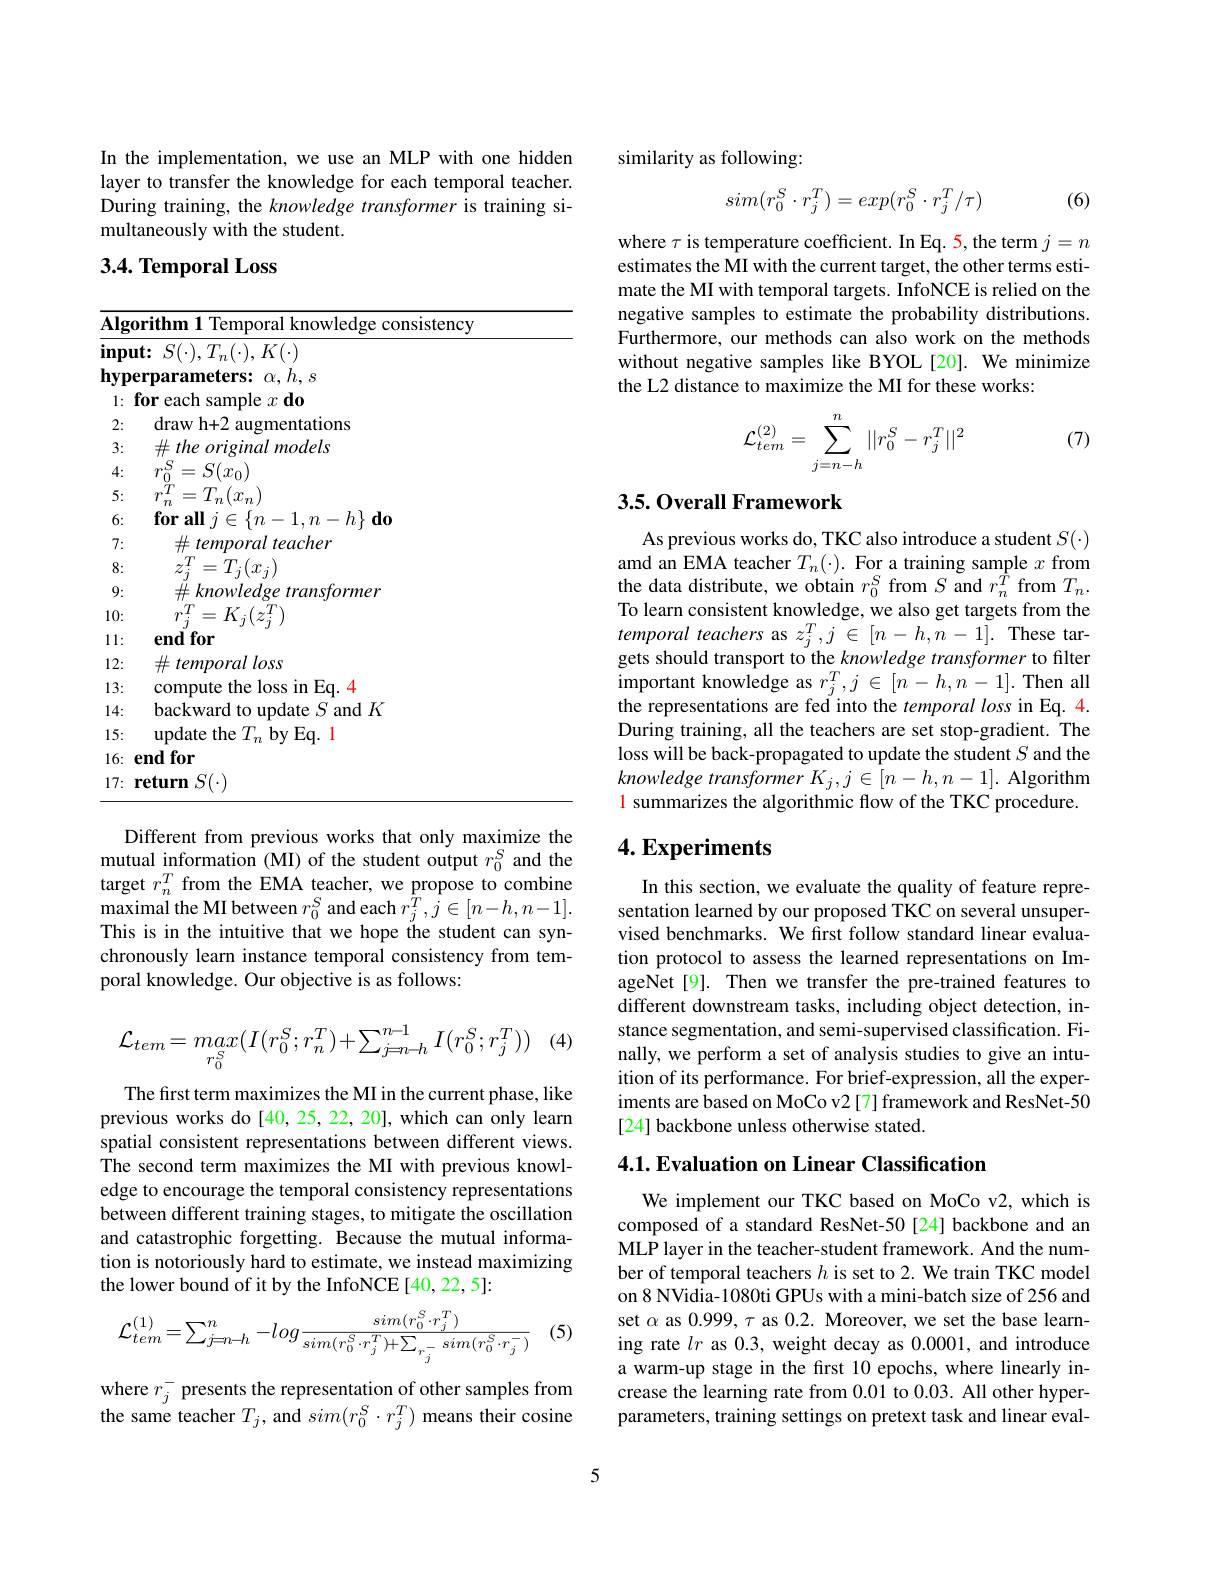
In the implementation, we use an MLP with one hidden layer to transfer the knowledge for each temporal teacher. During training, the knowledge transformer is training simultaneously with the student.

3.4. Temporal Loss

<table>
	<tbody>
		<tr>
			<th>$\overline{\mathbf{Algo}}$</th>
			<th>${\mathrm{orithm~1~Temporal~knowledge~consistency}}$</th>
		</tr>
		<tr>
			<td>$\mathbf{lnpu}$</td>
			<td>$\mathbf{ut: }$ $S( \cdot ) , T_{n}( \cdot ) , K( \cdot )$</td>
		</tr>
		<tr>
			<td>$\mathbf{hy}$ VDe N 1 1 1</td>
			<td>$h$ $S$</td>
		</tr>
		<tr>
			<td>$\textbf{f}$ 1:</td>
			<td>$d_{0}$ $0r$ $\gamma$</td>
		</tr>
		<tr>
			<td>2:</td>
			<td>ntations drawh+ 2 all</td>
		</tr>
		<tr>
			<td>3:</td>
			<td>models $\#the$ orioimal</td>
		</tr>
		<tr>
			<td>4:</td>
			<td>S $S(x_{0})$ 二</td>
		</tr>
		<tr>
			<td>5:</td>
			<td>$\gamma$</td>
		</tr>
		<tr>
			<td>6:</td>
			<td>$h\}$ $\mathbf{d} \mathbf{0}$ for all</td>
		</tr>
		<tr>
			<td>7:</td>
			<td>tem zcher</td>
		</tr>
		<tr>
			<td>8:</td>
			<td>$T_{i}(x_{i})$ 二</td>
		</tr>
		<tr>
			<td>9:</td>
			<td>kmow rmer</td>
		</tr>
		<tr>
			<td>10:</td>
			<td> </td>
		</tr>
		<tr>
			<td>11:</td>
			<td>for end</td>
		</tr>
		<tr>
			<td>12:</td>
			<td>temporalloss 出</td>
		</tr>
		<tr>
			<td>13:</td>
			<td>$Eq.$ 4 In</td>
		</tr>
		<tr>
			<td>14:</td>
			<td>hackw $S$ and $K$ 1ate · </td>
		</tr>
		<tr>
			<td>15:</td>
			<td>$Eq.1$ lindatef fhe $^{'}I.$ $hv$ ,</td>
		</tr>
		<tr>
			<td>16: $\epsilon$</td>
			<td>$\mathbf{endfor}$</td>
		</tr>
		<tr>
			<td>17: $\mathbf{r}$</td>
			<td>$S(\cdot)$ mm</td>
		</tr>
	</tbody>
</table>

Different from previous works that only maximize the mutual information (MI) of the student output $r_0^S$ and the target $r_n^T$ from the EMA teacher, we propose to combine maximal the MI between $r_0^S$ and each $r_j^{\hat{T}},j\in[n-h,n-1].$ This is in the intuitive that we hope the student can synchronously learn instance temporal consistency from temporal knowledge. Our objective is as follows:
$$\mathcal{L}_{tem}=max(I(r_0^S;r_n^T)+\sum_{j=n-h}^{n-1}I(r_0^S;r_j^T))$$
The first term maximizes the MI in the current phase, like previous works do[40,25,22,20], which can only learn spatial consistent representations between different views. The second term maximizes the MI with previous knowledge to encourage the temporal consistency representations between different training stages, to mitigate the oscillation and catastrophic forgetting. Because the mutual information is notoriously hard to estimate, we instead maximizing the lower bound of it by the InfoNCE [40,22,5]:

(5)
$$\mathcal{L}_{tem}^{(1)}=\sum_{j=n-h}^{n}-log\frac{sim(r_{0}^{S}\cdot r_{j}^{T})}{sim(r_{0}^{S}\cdot r_{j}^{T})+\sum_{r_{j}^{-}}sim(r_{0}^{S}\cdot r_{j}^{-})}$$
where $r_{j}^{-}$ presents the representation of other samples from the same teacher $T_j$, and $sim(r_0^S\cdot r_j^T)$ means their cosine

similarity as following:

(6)
$$sim(r_0^S\cdot r_j^T)=exp(r_0^S\cdot r_j^T/\tau)$$
where $\tau$ is temperature coefficient. In Eq. 5, the term $j=n$ estimates the MI with the current target, the other terms estimate the MI with temporal targets. InfoNCE is relied on the negative samples to estimate the probability distributions. Furthermore, our methods can also work on the methods without negative samples like BYOL[20]. We minimize the L2 distance to maximize the MI for these works:

(7)
$$\mathcal{L}_{tem}^{(2)}=\sum_{j=n-h}^n||r_0^S-r_j^T||^2$$
## 3.5. Overall Framework

As previous works do, TKC also introduce a student $S(\cdot)$ amd an EMA teacher $T_n(\cdot).$ For a training sample $x$ from the data distribute, we obtain $r_0^S$ from $S$ and $r_n^{\hat{T}}$ from $T_n.$ To learn consistent knowledge, we also get targets from the temporal teachers as $z_j^T,j\in[n-h,n-1].$ These targets should transport to the knowledge transformer to filter important knowledge as $r_j^T,j\in[n-h,n-1].$ Then all the representations are fed into the temporal loss in Eq. 4. During training, all the teachers are set stop-gradient. The loss will be back-propagated to update the student $S$ and the knowledge transformer Kj,j E [n-h,n-1]. Algorithm $\color{red}{1\text{ summarizes the algorithmic flow of the TKC procedure.}}$

## $4. \textbf{Experiments}$

In this section, we evaluate the quality of feature representation learned by our proposed TKC on several unsupervised benchmarks. We first follow standard linear evaluation protocol to assess the learned representations on ImageNet[9]. Then we transfer the pre-trained features to different downstream tasks, including object detection, instance segmentation, and semi-supervised classification. Finally, we perform a set of analysis studies to give an intuition of its performance. For brief-expression, all the experiments are based on MoCo v2 [7] framework and ResNet-50 [24] backbone unless otherwise stated.

4.1. Evaluation on Linear Classification

We implement our TKC based on MoCo v2, which is composed of a standard ResNet-50[24] backbone and an MLP layer in the teacher-student framework. And the number of temporal teachers $h$ is set to 2. We train TKC model on 8 NVidia-1080ti GPUs with a mini-batch size of 256 and set $\alpha$ as 0.999, $\tau$ as 0.2. Moreover, we set the base learning rate $lr$ as 0.3, weight decay as 0.0001, and introduce a warm-up stage in the first 10 epochs, where linearly increase the learning rate from 0.01 to 0.03. All other hyperparameters, training settings on pretext task and linear eval-